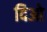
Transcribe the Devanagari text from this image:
दिओ